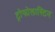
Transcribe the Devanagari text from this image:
ट्रोफोलास्टिन